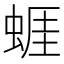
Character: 𧍊